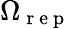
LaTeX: \Omega_{\mathrm{~r~e~p~}}